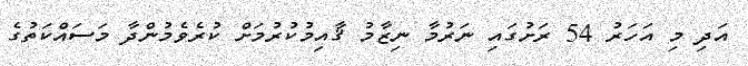
އަދި މި އަހަރު 54 ރަށުގައި ނަރުމާ ނިޒާމު ޤާއިމުކުރުމަށް ކުރެވެމުންދާ މަސައްކަތުގެ